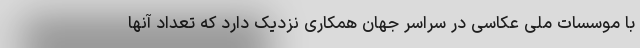
با موسسات ملی عکاسی در سراسر جهان همکاری نزدیک دارد که تعداد آنها